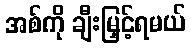
အစ်ကို ချီးမြှင့်ရမယ်